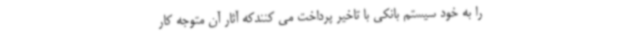
را به خود سیستم بانکی با تاخیر پرداخت می کنندکه آثار آن متوجه کار